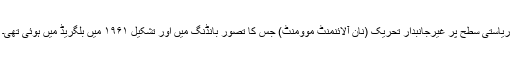
ریاستی سطح پر غیرجانبدار تحریک (نان آلائنمنٹ موومنٹ) جس کا تصور بانڈنگ میں اور تشکیل ۱۹۶۱ میں بلگریڈ میں ہوئی تھی۔